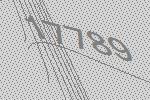
17789